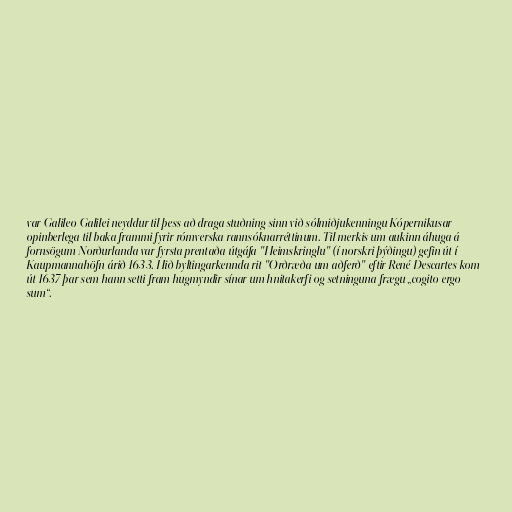
var Galileo Galilei neyddur til þess að draga stuðning sinn við sólmiðjukenningu Kópernikusar
opinberlega til baka frammi fyrir rómverska rannsóknarréttinum. Til merkis um aukinn áhuga á
fornsögum Norðurlanda var fyrsta prentaða útgáfa "Heimskringlu" (í norskri þýðingu) gefin út í
Kaupmannahöfn árið 1633. Hið byltingarkennda rit "Orðræða um aðferð" eftir René Descartes kom
út 1637 þar sem hann setti fram hugmyndir sínar um hnitakerfi og setninguna frægu „cogito ergo
sum“.